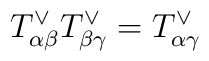
T^\vee_{\alpha\beta}T^\vee_{\beta\gamma}=T^\vee_{\alpha\gamma}